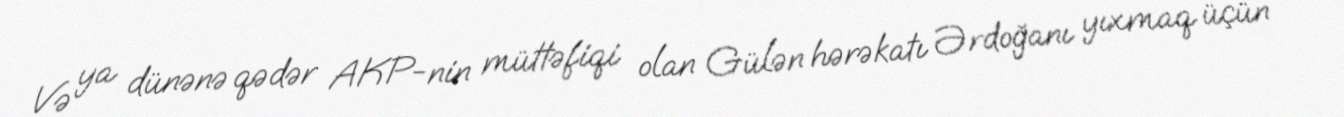
Və ya dünənə qədər AKP-nin müttəfiqi olan Gülən hərəkatı Ərdoğanı yıxmaq üçün